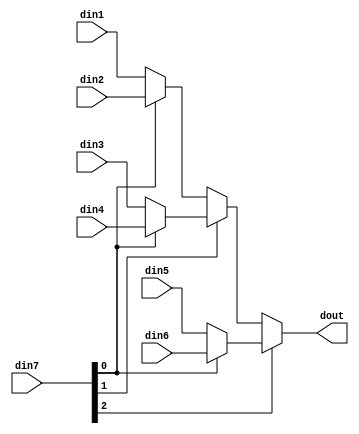
module sp_mux_6to1_sel3_12_1 #(
parameter
    ID                = 0,
    NUM_STAGE         = 1,
    din1_WIDTH       = 32,
    din2_WIDTH       = 32,
    din3_WIDTH       = 32,
    din4_WIDTH       = 32,
    din5_WIDTH       = 32,
    din6_WIDTH       = 32,
    din7_WIDTH         = 32,
    dout_WIDTH            = 32
)(
    input  [11 : 0]     din1,
    input  [11 : 0]     din2,
    input  [11 : 0]     din3,
    input  [11 : 0]     din4,
    input  [11 : 0]     din5,
    input  [11 : 0]     din6,
    input  [2 : 0]    din7,
    output [11 : 0]   dout);
wire [2 : 0]     sel;
wire [11 : 0]         mux_1_0;
wire [11 : 0]         mux_1_1;
wire [11 : 0]         mux_1_2;
wire [11 : 0]         mux_2_0;
wire [11 : 0]         mux_2_1;
wire [11 : 0]         mux_3_0;
assign sel = din7;
assign mux_1_0 = (sel[0] == 0)? din1 : din2;
assign mux_1_1 = (sel[0] == 0)? din3 : din4;
assign mux_1_2 = (sel[0] == 0)? din5 : din6;
assign mux_2_0 = (sel[1] == 0)? mux_1_0 : mux_1_1;
assign mux_2_1 = mux_1_2;
assign mux_3_0 = (sel[2] == 0)? mux_2_0 : mux_2_1;
assign dout = mux_3_0;
endmodule